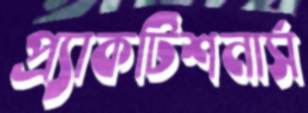
প্র্যাকটিশনার্স